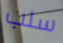
سلب